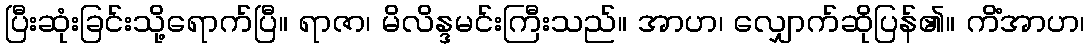
ပြီးဆုံးခြင်းသို့ရောက်ပြီ။ ရာဇာ၊ မိလိန္ဒမင်းကြီးသည်။ အာဟ၊ လျှောက်ဆိုပြန်၏။ ကိံအာဟ၊